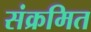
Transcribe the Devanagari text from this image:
संक्रमित